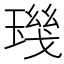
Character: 𱯘